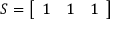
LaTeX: S = { \left[ \begin{array} { l l l } { 1 } & { 1 } & { 1 } \end{array} \right] }